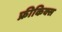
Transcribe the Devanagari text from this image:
फ्रीकिक्स